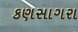
કણસાગરા